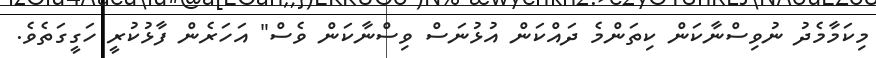
މިކަމާމެދު ނުވިސްނާކަން ކިތަންމެ ދައްކަން އުޅުނަސް ވިސްނާކަން ވެސް" އަހަރެން ފާޅުކުރީ ހަގީގަތެވެ.